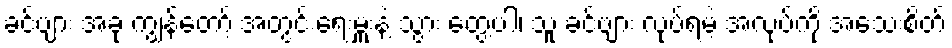
ခင်ဗျား အခု ကျွန်တော့် အတွင်းရေးမှူးနဲ့ သွား တွေ့ပါ၊ သူ ခင်ဗျား လုပ်ရမဲ့ အလုပ်ကို အသေးစိတ်